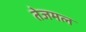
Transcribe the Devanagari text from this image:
तेजमल